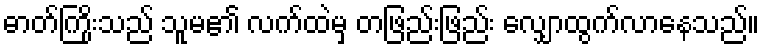
ဓာတ်ကြိုးသည် သူမ၏ လက်ထဲမှ တဖြည်းဖြည်း လျှောထွက်လာနေသည်။